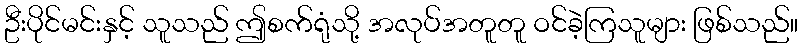
ဦးပိုင်မင်းနှင့် သူသည် ဤစက်ရုံသို့ အလုပ်အတူတူ ဝင်ခဲ့ကြသူများ ဖြစ်သည်။